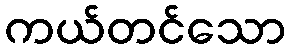
ကယ်တင်သော